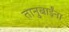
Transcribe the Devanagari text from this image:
तानुबाईंना